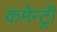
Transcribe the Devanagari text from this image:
कमेन्ट्री